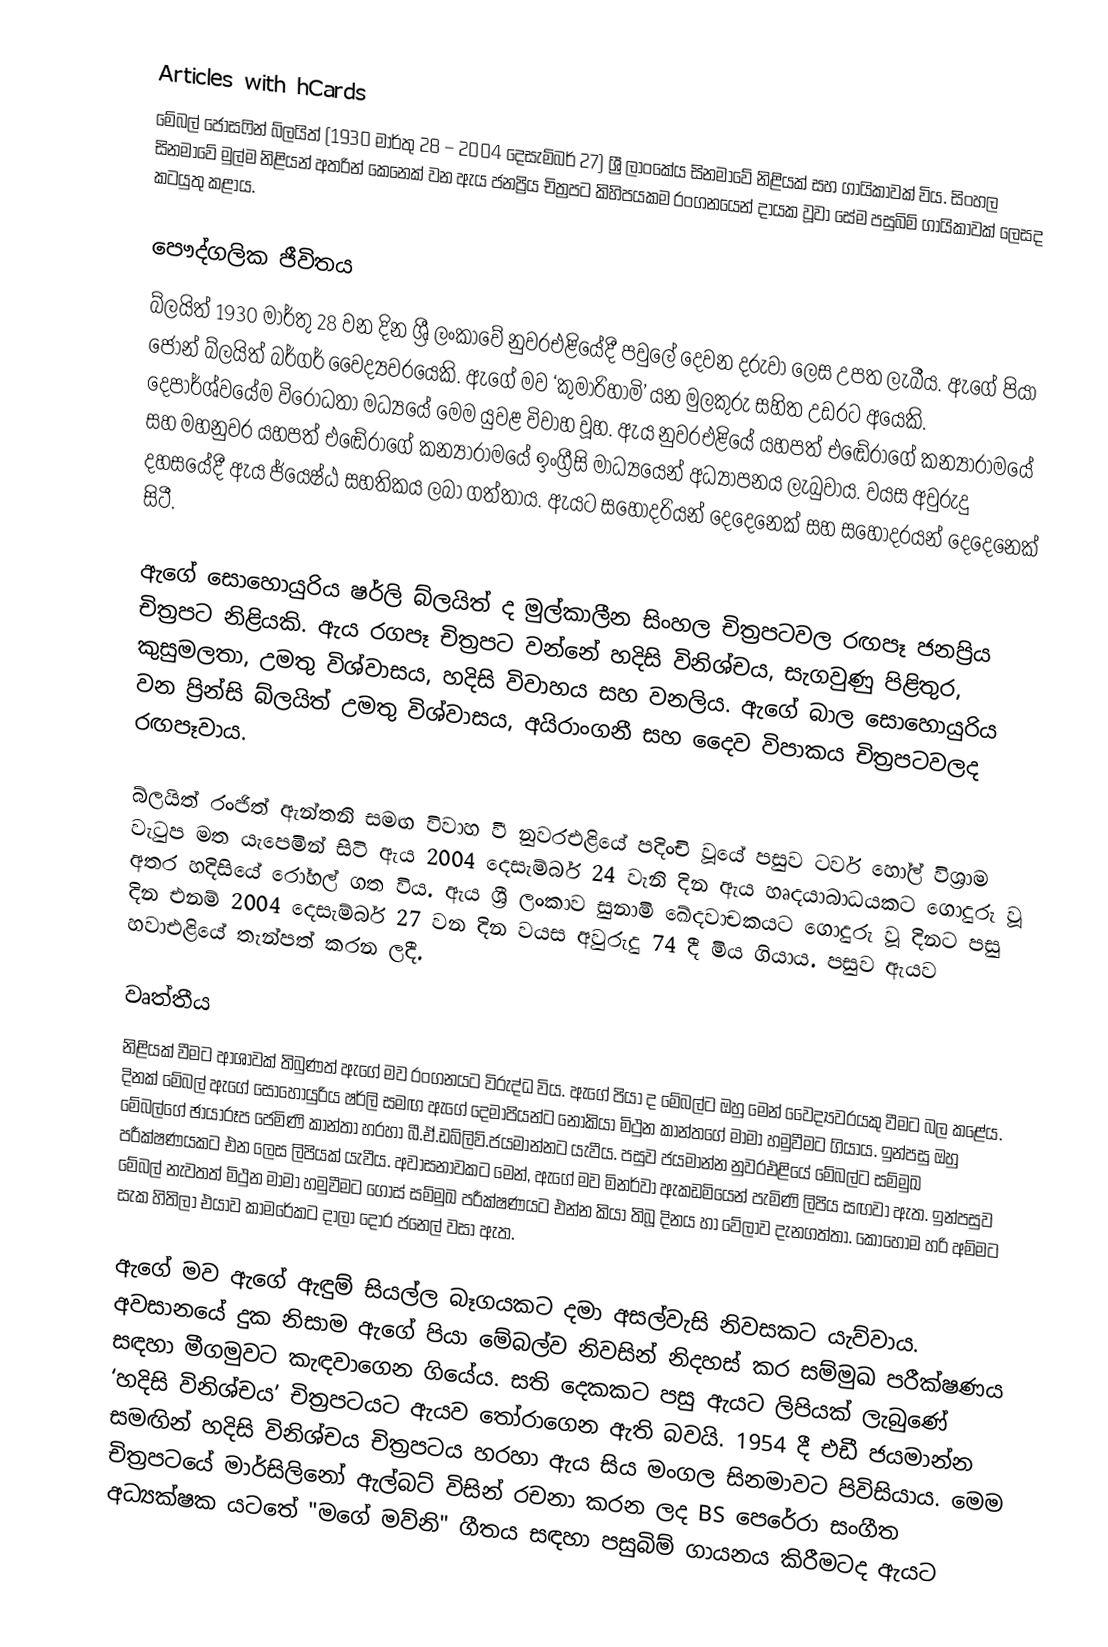
Articles with hCards
මේබල් ජොසෆින් බ්ලයිත් (1930 මාර්තු 28 – 2004 දෙසැම්බර් 27) ශ්‍රී ලාංකේය සිනමාවේ නිළියක් සහ ගායිකාවක් විය. සිංහල සිනමාවේ මුල්ම නිළියන් අතරින් කෙනෙක් වන ඇය ජනප්‍රිය චිත්‍රපට කිහිපයකම රංගනයෙන් දායක වූවා සේම පසුබිම් ගායිකාවක් ලෙසද කටයුතු කළාය.

පෞද්ගලික ජීවිතය
බ්ලයිත් 1930 මාර්තු 28 වන දින ශ්‍රී ලංකාවේ නුවරඑළියේදී පවුලේ දෙවන දරුවා ලෙස උපත ලැබීය.  ඇගේ පියා ජෝන් බ්ලයිත් බර්ගර් වෛද්‍යවරයෙකි. ඇගේ මව ‘කුමාරිහාමි’ යන මුලකුරු සහිත උඩරට අයෙකි. දෙපාර්ශ්වයේම විරෝධතා මධ්‍යයේ මෙම යුවළ විවාහ වූහ. ඇය නුවරඑළියේ යහපත් එඬේරාගේ කන්‍යාරාමයේ සහ මහනුවර යහපත් එඬේරාගේ කන්‍යාරාමයේ ඉංග්‍රීසි මාධ්‍යයෙන් අධ්‍යාපනය ලැබුවාය.  වයස අවුරුදු දහසයේදී ඇය ජ්යෙෂ්ඨ සහතිකය ලබා ගත්තාය. ඇයට සහෝදරියන් දෙදෙනෙක් සහ සහෝදරයන් දෙදෙනෙක් සිටී.

ඇගේ සොහොයුරිය ෂර්ලි බ්ලයිත් ද මුල්කාලීන සිංහල චිත්‍රපටවල රඟපෑ ජනප්‍රිය චිත්‍රපට නිළියකි. ඇය රගපෑ චිත්‍රපට වන්නේ හදිසි විනිශ්චය, සැගවුණු පිළිතුර, කුසුමලතා, උමතු විශ්වාසය, හදිසි විවාහය සහ වනලිය. ඇගේ බාල සොහොයුරිය වන ප්‍රින්සි බ්ලයිත් උමතු විශ්වාසය, අයිරාංගනී සහ දෛව විපාකය චිත්‍රපටවලද රඟපෑවාය.

බ්ලයිත් රංජිත් ඇන්තනි සමඟ විවාහ වී නුවරඑළියේ පදිංචි වූයේ පසුව ටවර් හෝල් විශ්‍රාම වැටුප මත යැපෙමින් සිටි ඇය 2004 දෙසැම්බර් 24 වැනි දින ඇය හෘදයාබාධයකට ගොදුරු වූ අතර හදිසියේ රෝහල් ගත විය. ඇය ශ්‍රී ලංකාව සුනාමි ඛේදවාචකයට ගොදුරු වූ දිනට පසු දින එනම් 2004 දෙසැම්බර් 27 වන දින වයස අවුරුදු 74 දී මිය ගියාය.  පසුව ඇයව හවාඑළියේ තැන්පත් කරන ලදී.

වෘත්තීය
නිළියක් වීමට ආශාවක් තිබුණත් ඇගේ මව රංගනයට විරුද්ධ විය. ඇගේ පියා ද මේබල්ට ඔහු මෙන් වෛද්‍යවරයකු වීමට බල කළේය. දිනක් මේබල් ඇගේ සොහොයුරිය ෂර්ලි සමඟ ඇගේ දෙමාපියන්ට නොකියා මිථුන කාන්තගේ මාමා හමුවීමට ගියාය. ඉන්පසු ඔහු මේබල්ගේ ඡායාරූප ජෙමිණි කාන්තා හරහා බී.ඒ.ඩබ්ලිව්.ජයමාන්නට යැවීය. පසුව ජයමාන්න නුවරඑළියේ මේබල්ට සම්මුඛ පරීක්ෂණයකට එන ලෙස ලිපියක් යැවීය. අවාසනාවකට මෙන්, ඇගේ මව මිනර්වා ඇකඩමියෙන් පැමිණි ලිපිය සඟවා ඇත. ඉන්පසුව මේබල් නැවතත් මිථුන මාමා හමුවීමට ගොස් සම්මුඛ පරීක්ෂණයට එන්න කියා තිබූ දිනය හා වේලාව දැනගත්තා. කොහොම හරි අම්මට සැක හිතිලා එයාව කාමරේකට දාලා දොර ජනෙල් වසා ඇත.

ඇගේ මව ඇගේ ඇඳුම් සියල්ල බෑගයකට දමා අසල්වැසි නිවසකට යැව්වාය. අවසානයේ දුක නිසාම ඇගේ පියා මේබල්ව නිවසින් නිදහස් කර සම්මුඛ පරීක්ෂණය සඳහා මීගමුවට කැඳවාගෙන ගියේය. සති දෙකකට පසු ඇයට ලිපියක් ලැබුණේ ‘හදිසි විනිශ්චය’ චිත්‍රපටයට ඇයව තෝරාගෙන ඇති බවයි.  1954 දී එඩී ජයමාන්න සමඟින් හදිසි විනිශ්චය චිත්‍රපටය හරහා ඇය සිය මංගල සිනමාවට පිවිසියාය.  මෙම චිත්‍රපටයේ මාර්සිලිනෝ ඇල්බට් විසින් රචනා කරන ලද BS පෙරේරා සංගීත අධ්‍යක්ෂක යටතේ "මගේ මව්නි" ගීතය සඳහා පසුබිම් ගායනය කිරීමටද ඇයට